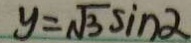
y = \sqrt { 3 } \sin \alpha